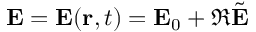
\mathbf { E } = \mathbf { E } ( \mathbf { r } , t ) = \mathbf { E } _ { 0 } + \Re \tilde { \mathbf { E } }